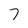
Character: 7